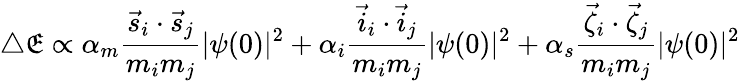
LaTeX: \triangle\mathfrak{E}\propto\alpha_{m}\frac{{\vec{{s}}_{i}\cdot\vec{{s}}_{j}}}{{m_{i}m_{j}}}|\psi(0)|^{2}+\alpha_{i}\frac{{\vec{{i}}_{i}\cdot\vec{{i}}_{j}}}{{m_{i}m_{j}}}|\psi(0)|^{2}+\alpha_{s}\frac{{\vec{{\zeta}}_{i}\cdot\vec{{\zeta}}_{j}}}{{m_{i}m_{j}}}|\psi(0)|^{2}